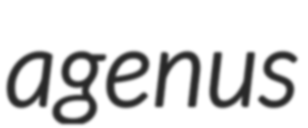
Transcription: a genus